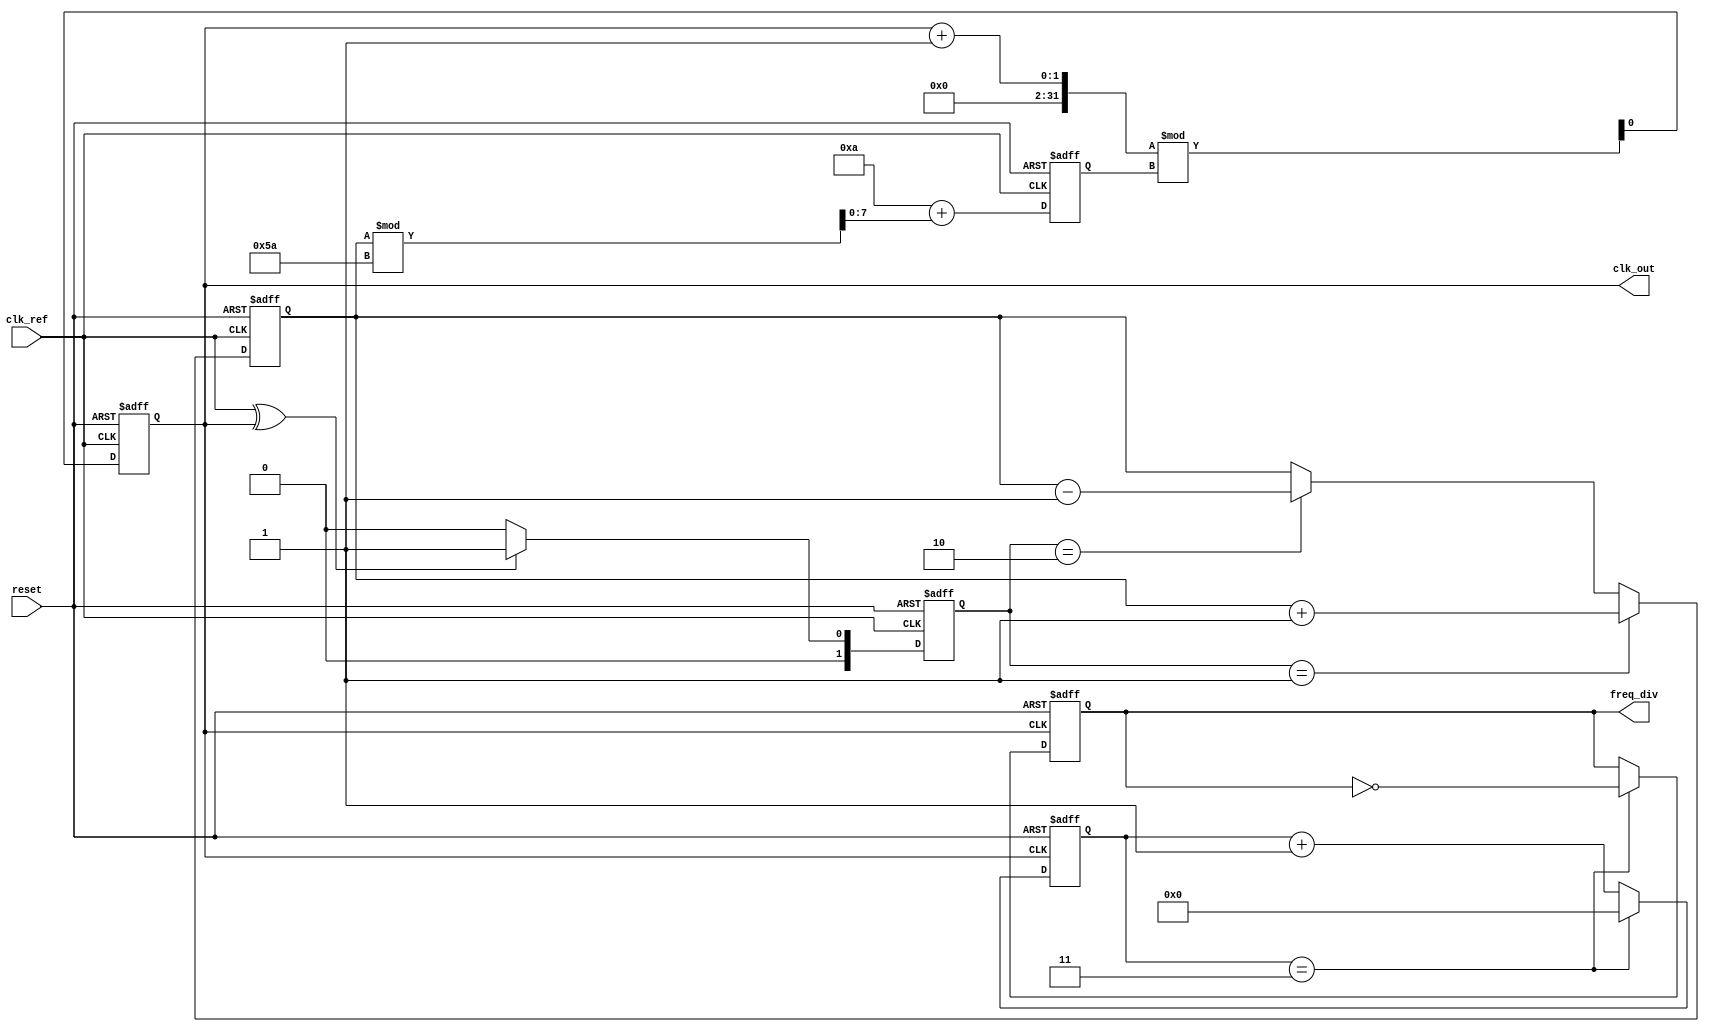
module dual_loop_pll (
    input wire clk_ref,           // Reference clock input
    input wire reset,             // Reset signal
    output reg clk_out,           // Output clock
    output reg [N-1:0] freq_div   // Frequency divider output
);

// Parameters
parameter N = 4;                 // Division ratio
parameter VCO_MAX_FREQ = 100;    // Max frequency for VCO
parameter VCO_MIN_FREQ = 10;      // Min frequency for VCO

// Internal signals
reg [1:0] phase_error;           // Phase error signal
reg [7:0] control_voltage;        // Control voltage from charge pump
reg [7:0] vco_freq;              // VCO frequency
reg [N-1:0] divider_count;       // Divider counter

// Phase Detector (PD)
always @(posedge clk_ref or posedge reset) begin
    if (reset) begin
        phase_error <= 2'b00;
    end else begin
        // Simple phase detector logic (XOR)
        phase_error <= (clk_ref ^ clk_out) ? 2'b01 : 2'b00; // Example phase error
    end
end

// Charge Pump (CP)
always @(posedge clk_ref or posedge reset) begin
    if (reset) begin
        control_voltage <= 8'b0;
    end else begin
        if (phase_error == 2'b01) begin
            control_voltage <= control_voltage + 1; // Increase control voltage
        end else if (phase_error == 2'b10) begin
            control_voltage <= control_voltage - 1; // Decrease control voltage
        end
    end
end

// Loop Filter (LF)
reg [7:0] loop_filter_output;
always @(posedge clk_ref or posedge reset) begin
    if (reset) begin
        loop_filter_output <= 8'b0;
    end else begin
        // Simple first-order low-pass filter
        loop_filter_output <= (loop_filter_output + control_voltage) >> 1;
    end
end

// Voltage-Controlled Oscillator (VCO)
always @(posedge clk_ref or posedge reset) begin
    if (reset) begin
        vco_freq <= VCO_MIN_FREQ;
        clk_out <= 0;
    end else begin
        // Adjust VCO frequency based on control voltage
        vco_freq <= VCO_MIN_FREQ + (control_voltage % (VCO_MAX_FREQ - VCO_MIN_FREQ));
        // Generate output clock based on VCO frequency
        clk_out <= (clk_out + 1) % (vco_freq); // Simple clock generation
    end
end

// Frequency Divider
always @(posedge clk_out or posedge reset) begin
    if (reset) begin
        divider_count <= 0;
        freq_div <= 0;
    end else begin
        divider_count <= divider_count + 1;
        if (divider_count == N-1) begin
            freq_div <= ~freq_div; // Toggle output on division
            divider_count <= 0;
        end
    end
end

endmodule